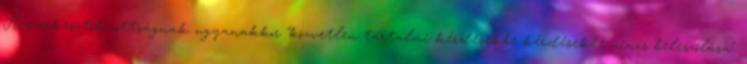
A szerkesztőbizottságnak ugyanakkor "közvetlen tartalmi kérdésekbe kérdésekbe nincs beleszólása".